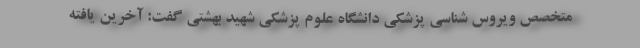
متخصص ویروس شناسی پزشکی دانشگاه علوم پزشکی شهید بهشتی گفت: آخرین یافته